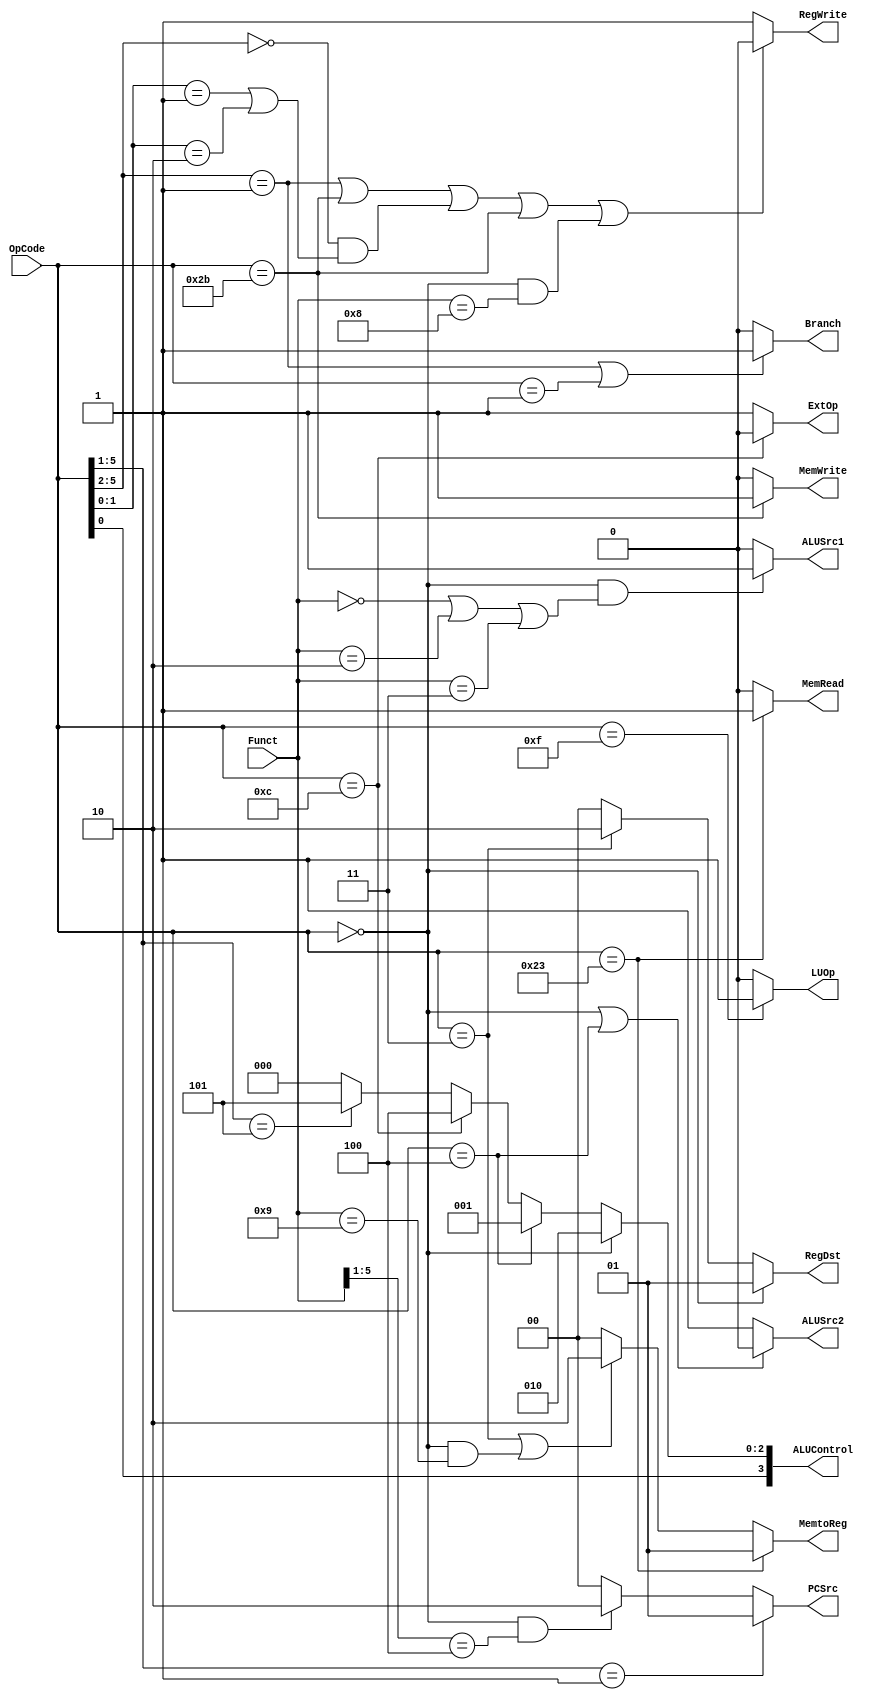
module Control (OpCode,
                Funct,
                RegWrite,
                MemRead,
                MemtoReg,
                MemWrite,
                ALUControl,
                ALUSrc1,
                ALUSrc2,
                RegDst,
                Branch,
                ExtOp,
                LUOp,
                PCSrc);
    input [5:0] OpCode, Funct;
    output [3:0] ALUControl;
    output [1:0] MemtoReg, RegDst, PCSrc;
    output RegWrite, MemRead, MemWrite, Branch, ALUSrc1, ALUSrc2, ExtOp, LUOp;
    
    assign ALUControl = {OpCode[0], (OpCode == 6'h00) ? 3'b010 :
    (OpCode == 6'h04) ? 3'b001 :
    (OpCode == 6'h0c) ? 3'b100 :
    (OpCode[5:1] == 5'b00101) ? 3'b101 : 3'b000};
    assign MemtoReg = (OpCode == 6'h23) ? 2'b01 :
    (OpCode == 6'h03 || (OpCode == 6'h00 && Funct == 6'h09)) ? 2'b10 : 2'b00;
    assign PCSrc = (OpCode[5:1] == 5'b00001) ? 2'b01 :
    (OpCode == 6'h00 && Funct[5:1] == 5'b00100) ? 2'b10 : 2'b00;
    assign RegWrite = (OpCode[5:2] == 4'b0001 || OpCode == 6'h2b || (OpCode[5:2] == 4'b0) && (OpCode[1:0] == 2'b01 || OpCode[1:0] == 2'b10) || OpCode == 6'h2b || (OpCode == 0 && Funct == 6'h08)) ? 0 : 1;
    assign MemRead  = (OpCode == 6'h23) ? 1 : 0;
    assign MemWrite = (OpCode == 6'h2b) ? 1 : 0;
    assign RegDst = (OpCode == 6'h00) ? 2'b01 :
    (OpCode == 6'h03) ? 2'b10 : 2'b00;
    assign Branch  = (OpCode[5:2] == 4'b0001 || OpCode == 6'h01) ? 1 : 0;
    assign ALUSrc1 = (OpCode == 6'h00 && (Funct == 6'h00 || Funct == 6'h02 || Funct == 6'h03)) ? 1 : 0;
    assign ALUSrc2 = (OpCode == 6'h00 || OpCode == 6'h04) ? 0 : 1;
    assign ExtOp   = (OpCode == 6'h0c) ? 0 : 1;
    assign LUOp    = (OpCode == 6'h0f) ? 1 : 0;
    
endmodule